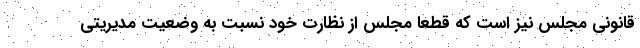
قانونی مجلس نیز است که قطعا مجلس از نظارت خود نسبت به وضعیت مدیریتی